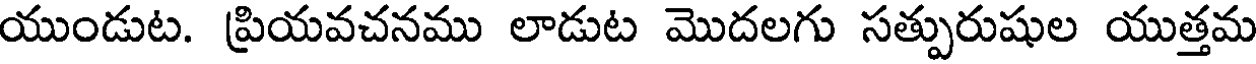
యుండుట. ప్రియవచనము లాడుట మొదలగు సత్పురుషుల యుత్తమ